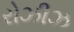
રોઝીઝ